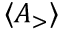
\ensuremath { \langle A _ { > } \rangle }